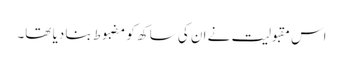
اس مقبولیت نے ان کی ساکھ کو مضبوط بنا دیا تھا۔